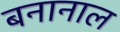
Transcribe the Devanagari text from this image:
बनानाल